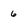
Character: 6